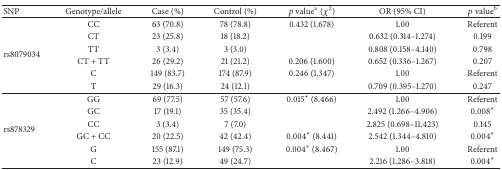
| SNP | Genotype/allele | Case (%) | Control (%) | p valuea(χ2) | OR (95% CI) | p valueb |
 | --- | --- | --- | --- | --- | --- | --- |
 | <ROWSPAN=6> rs8079034 | CC | 63 (70.8) | 78 (78.8) | 0.432 (1.678) | 1.00 | Referent |
 | CT | 23 (25.8) | 18 (18.2) |  | 0.632 (0.314–1.274) | 0.199 |
 | TT | 3 (3.4) | 3 (3.0) |  | 0.808 (0.158–4.140) | 0.798 |
 | CT + TT | 26 (29.2) | 21 (21.2) | 0.206 (1.600) | 0.652 (0.336–1.267) | 0.207 |
 | C | 149 (83.7) | 174 (87.9) | 0.246 (1.347) | 1.00 | Referent |
 | T | 29 (16.3) | 24 (12.1) |  | 0.709 (0.395–1.270) | 0.247 |
 | <ROWSPAN=6> rs878329 | GG | 69 (77.5) | 57 (57.6) | 0.015∗ (8.466) | 1.00 | Referent |
 | GC | 17 (19.1) | 35 (35.4) |  | 2.492 (1.266–4.906) | 0.008∗ |
 | CC | 3 (3.4) | 7 (7.0) |  | 2.825 (0.698–11.423) | 0.145 |
 | GC + CC | 20 (22.5) | 42 (42.4) | 0.004∗ (8.441) | 2.542 (1.344–4.810) | 0.004∗ |
 | G | 155 (87.1) | 149 (75.3) | 0.004∗ (8.467) | 1.00 | Referent |
 | C | 23 (12.9) | 49 (24.7) |  | 2.216 (1.286–3.818) | 0.004∗ |